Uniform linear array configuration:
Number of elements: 8
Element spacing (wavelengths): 0.25
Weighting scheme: kaiser
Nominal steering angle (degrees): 0
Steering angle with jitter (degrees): -0.5317
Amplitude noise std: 0.05
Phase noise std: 0.05

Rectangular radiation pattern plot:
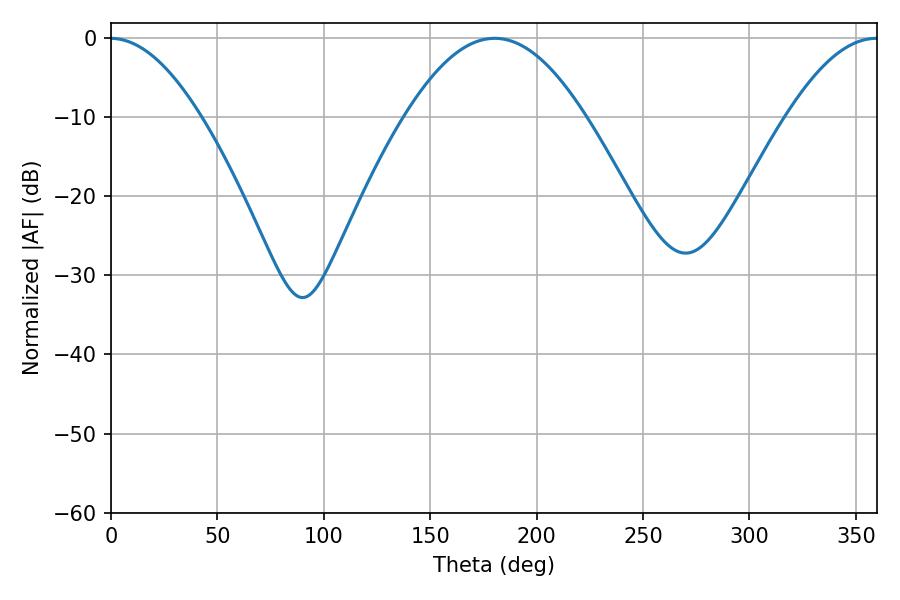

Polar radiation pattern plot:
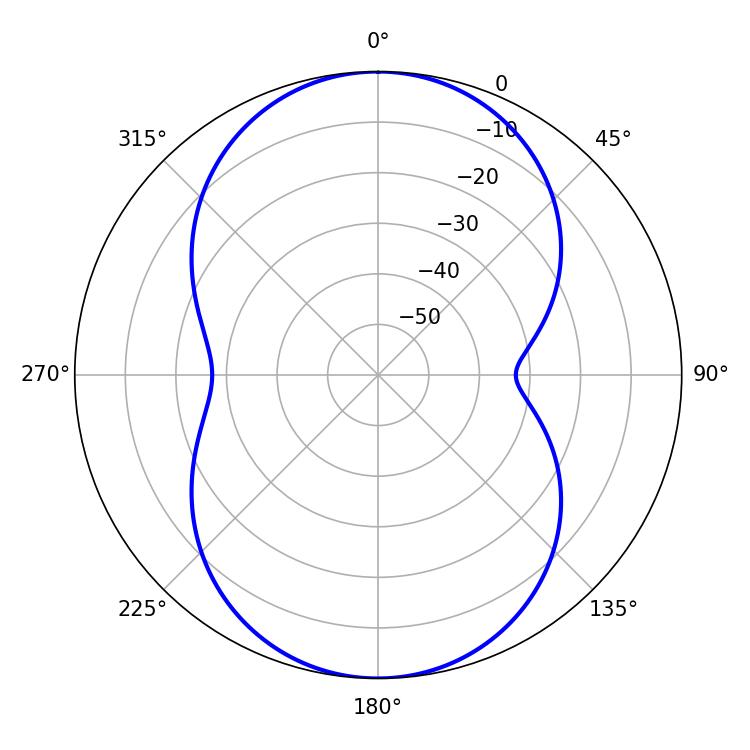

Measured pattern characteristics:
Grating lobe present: FALSE
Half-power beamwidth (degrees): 46.08
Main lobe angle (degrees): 180.36